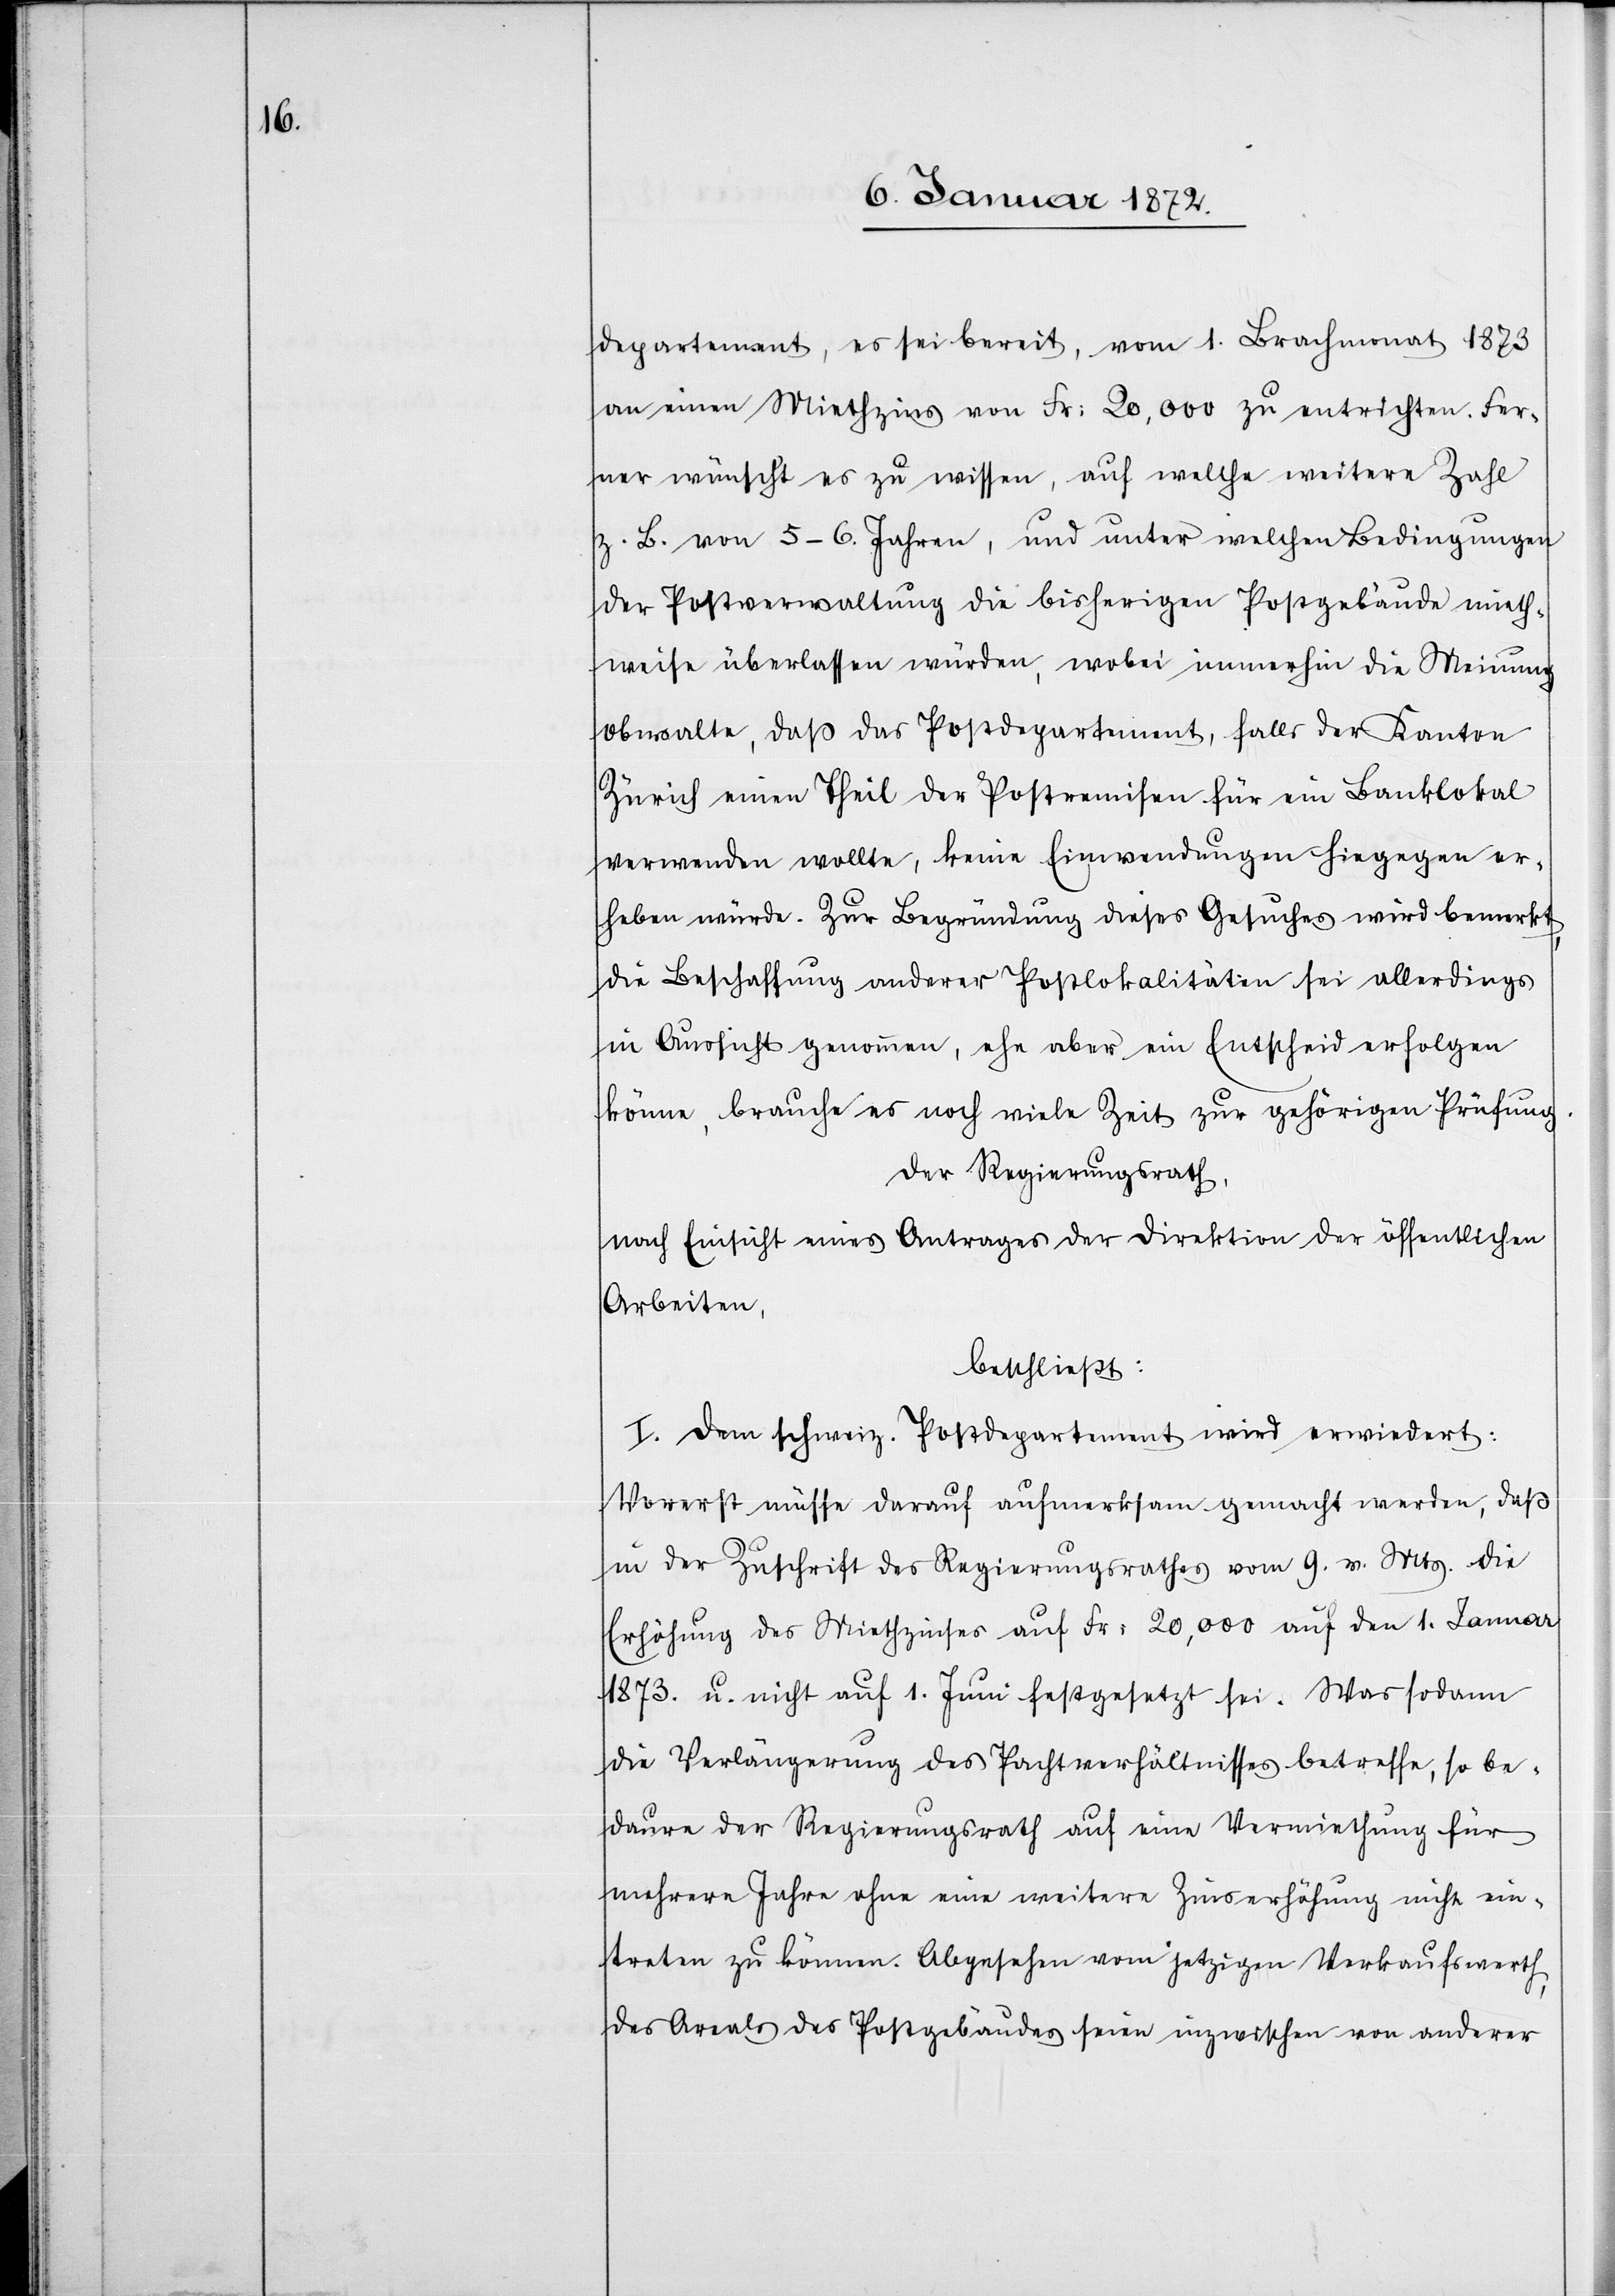
departement, es sei bereit, vom 1. Brachmonat 1873
an einen Miethzins von Fr. 20,000 zu entrichten. Fer¬
ner wünscht es zu wissen, auf welche weitere Zahl
z. B. von 5–6. Jahren, und unter welchen Bedingungen
der Postverwaltung die bisherigen Postgebäude mieth¬
weise überlassen würden, wobei immerhin die Meinung
obwalte, daß das Postdepartement, falls der Kanton
Zürich einen Theil der Postremisen für ein Banklokal
verwenden wollte, keine Einwendungen hiegegen er¬
heben würde. Zur Begründung dieses Gesuches wird bemerkt,
die Beschaffung anderer Postlokalitäten sei allerdings
in Aussicht genommen, ehe aber ein Entscheid erfolgen
könne, brauche es noch viele Zeit zur gehörigen Prüfung.
Der Regierungsrath,
nach Einsicht eines Antrages der Direktion der öffentlichen
Arbeiten,
beschließt:
I. Dem schweiz. Postdepartement wird erwiedert:
Vorerst müsse darauf aufmerksam gemacht werden, daß
in der Zuschrift des Regierungsrathes vom 9. v. Mts. die
Erhöhung des Miethzinses auf Fr: 20,000 auf den 1. Jannar
1873. u. nicht auf 1. Juni festgesetzt sei. Was sodann
die Verlängerung des Pachtverhältnisses betreffe, so be¬
daure der Regierungsrath auf eine Vermiethung für
mehrere Jahre ohne eine weitere Zinserhöhung nicht ein¬
treten zu können. Abgesehen vom jetzigen Verkaufswerth
des Areals des Postgebäudes seien inzwischen von anderer